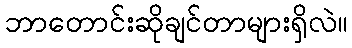
ဘာတောင်းဆိုချင်တာများရှိလဲ။